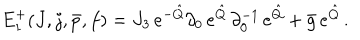
E _ { 1 } ^ { + } ( J , j , \bar { p } , f ) = J _ { 3 } \, e ^ { - \hat { Q } } \partial _ { 0 } \, e ^ { \hat { Q } } \, \partial _ { 0 } ^ { - 1 } \, e ^ { \hat { Q } } + \bar { g } \, e ^ { \hat { Q } } \, .